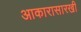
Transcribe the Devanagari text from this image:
आकारासारखी